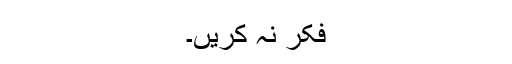
فکر نہ کریں۔